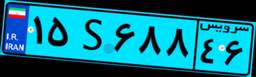
۲۳S۱۵۳۶۴